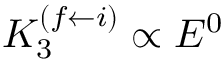
K _ { 3 } ^ { ( f \leftarrow i ) } \propto E ^ { 0 }